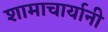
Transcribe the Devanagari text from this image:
शामाचार्यानी